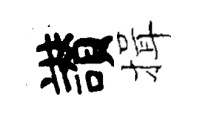
讃揖